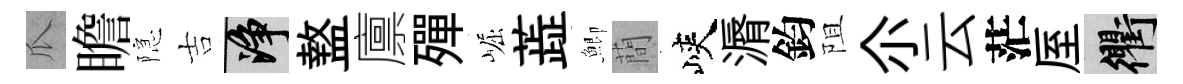
瓜瞻隠吉净盩廪殫崛蕋鯽蕳峽漘鈞阻尒云茫厔衢